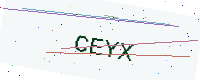
Text: CEYX